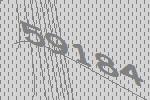
59184